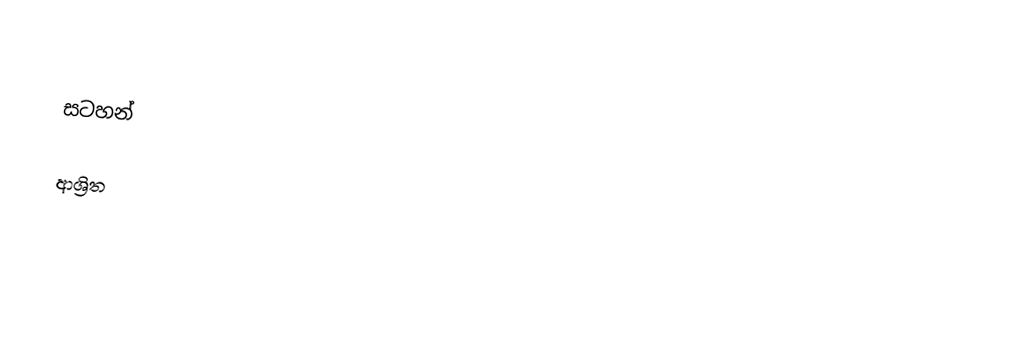

සටහන්

ආශ්‍රිත